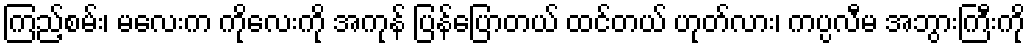
ကြည့်စမ်း၊ မလေးက ကိုလေးကို အကုန် ပြန်ပြောတယ် ထင်တယ် ဟုတ်လား၊ ကပ္ပလီမ အဘွားကြီးကို